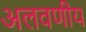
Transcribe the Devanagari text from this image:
अलवणीय